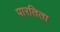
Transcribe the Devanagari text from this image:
पारतिता